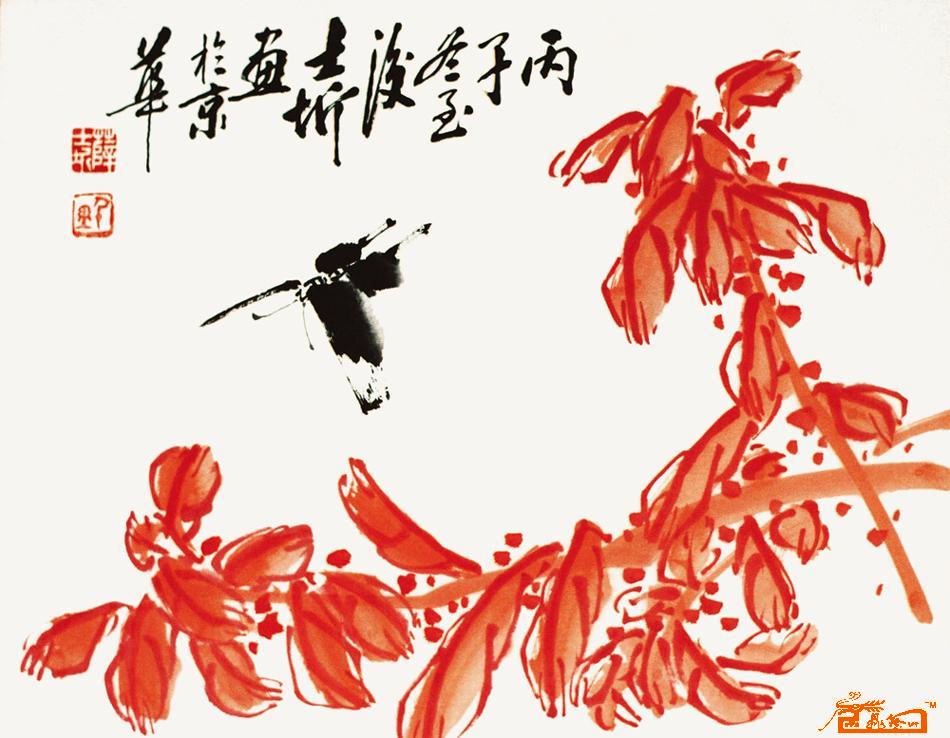
寂寞风蝉至，连翩霜雁来。